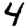
Digit: 4